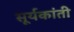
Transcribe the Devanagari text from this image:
सूर्यकांती